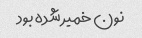
نون خمیر شده بود